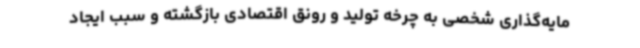
مایه‌گذاری شخصی به چرخه تولید و رونق اقتصادی بازگشته و سبب ایجاد